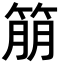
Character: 𬕔